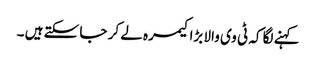
کہنے لگا کہ ٹی وی والا بڑا کیمرہ لے کر جا سکتے ہیں ۔